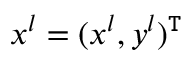
{ \boldsymbol x } ^ { l } = ( x ^ { l } , y ^ { l } ) ^ { \mathtt { T } }